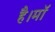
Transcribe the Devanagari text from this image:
है।माॅ